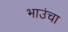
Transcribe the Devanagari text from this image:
भाउंचा